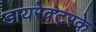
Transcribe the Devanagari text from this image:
डायरेक्टरके